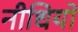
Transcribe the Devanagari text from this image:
नीधियों